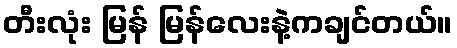
တီးလုံး မြန် မြန်လေးနဲ့ကချင်တယ်။